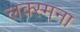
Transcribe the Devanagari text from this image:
लक्स्मना